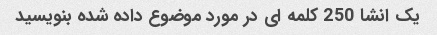
یک انشا 250 کلمه ای در مورد موضوع داده شده بنویسید